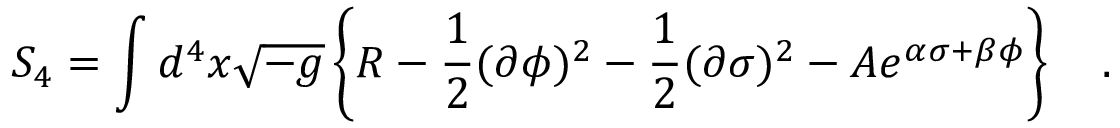
S _ { 4 } = \int d ^ { 4 } x \sqrt { - g } \left\{ R - \frac { 1 } { 2 } ( \partial \phi ) ^ { 2 } - \frac { 1 } { 2 } ( \partial \sigma ) ^ { 2 } - A e ^ { \alpha \sigma + \beta \phi } \right\} \quad .